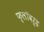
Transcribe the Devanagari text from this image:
फ्लॉवर्ड